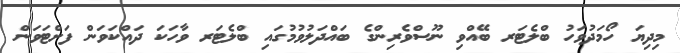
މިދިޔަ ހޯމަދުވަހު ބްލެޓަރ ބޭއްވި ނޫސްވެރިންގެ ބައްދަލުވުމުގައި ބްލެޓަރ ވާހަކަ ދައްކަވަން ފަށްޓަވަން